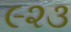
૯૨૩